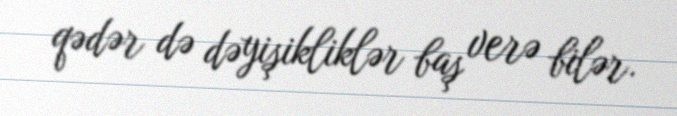
qədər də dəyişikliklər baş verə bilər.